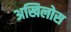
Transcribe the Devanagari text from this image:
अखिलोस